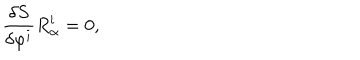
LaTeX: { \frac { \delta { S } } { \delta \varphi ^ { i } } } { R } _ { \alpha } ^ { i } = 0 ,